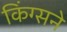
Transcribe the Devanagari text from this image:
किंग्सने